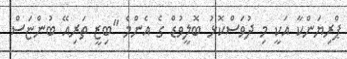
ޕްރިޔަންކާ އަކީ މި ދުވަސްކޮޅު ބޮލީވުޑް ގެ އެންމެ "ބިޒީ ތަރިއޭ ބުންޏަސް